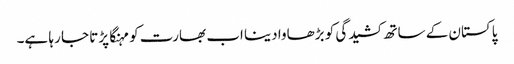
پاکستان کے ساتھ کشیدگی کو بڑھاوا دینا اب بھارت کو مہنگا پڑتا جا رہا ہے۔